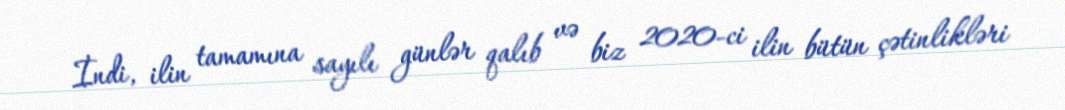
İndi, ilin tamamına sayılı günlər qalıb və biz 2020-ci ilin bütün çətinlikləri